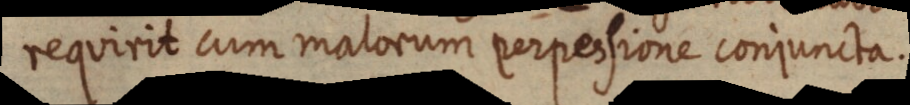
requirit cum malorum perpessione conjuncta.